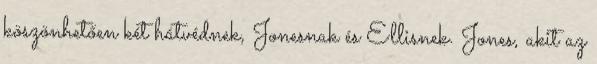
köszönhetően két hátvédnek, Jonesnak és Ellisnek. Jones, akit az